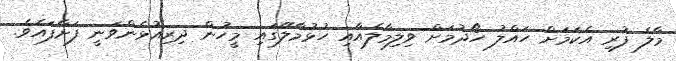
މާލެ ފުރި އެކަމަށް ހައްލު ހޯދުމަށް ވިލިމާލެއާއި ހުޅުމާލޭގައި މީހުން ދިރިއުޅެންވަނީ ފަށާފައެވެ.